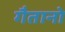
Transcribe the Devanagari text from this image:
गैतानो